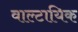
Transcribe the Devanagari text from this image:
वाल्टायिक